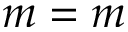
m = m